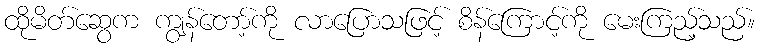
ထိုမိတ်ဆွေက ကျွန်တော့်ကို လာပြောသဖြင့် စိန်ကြောင့်ကို မေးကြည့်သည်။